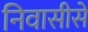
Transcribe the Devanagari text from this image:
निवासीसे